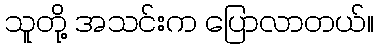
သူတို့ အသင်းက ပြောလာတယ်။